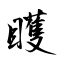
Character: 矆